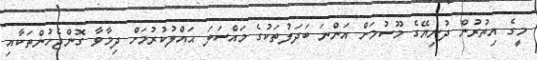
މީގެ އިތުރުން ދުނިޔޭގެ މޫސުމަށް އަންނަ ބަދަލުތަކުގެ މައްސަލަ ޙައްލުކުރުމަށް ދިމާވާ ގޮންޖެހުންތަކާއި